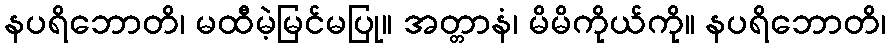
နပရိဘောတိ၊ မထီမဲ့မြင်မပြု။ အတ္တာနံ၊ မိမိကိုယ်ကို။ နပရိဘောတိ၊